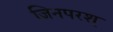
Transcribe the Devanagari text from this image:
जिनपरश्